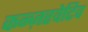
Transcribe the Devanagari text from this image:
कन्ज़रवेटिव